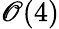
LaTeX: \mathscr{O}(4)